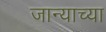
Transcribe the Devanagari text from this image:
जान्याच्या